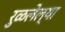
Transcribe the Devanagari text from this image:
रुळलेल्या